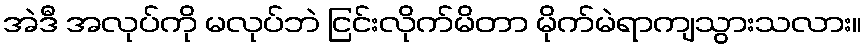
အဲဒီ အလုပ်ကို မလုပ်ဘဲ ငြင်းလိုက်မိတာ မိုက်မဲရာကျသွားသလား။